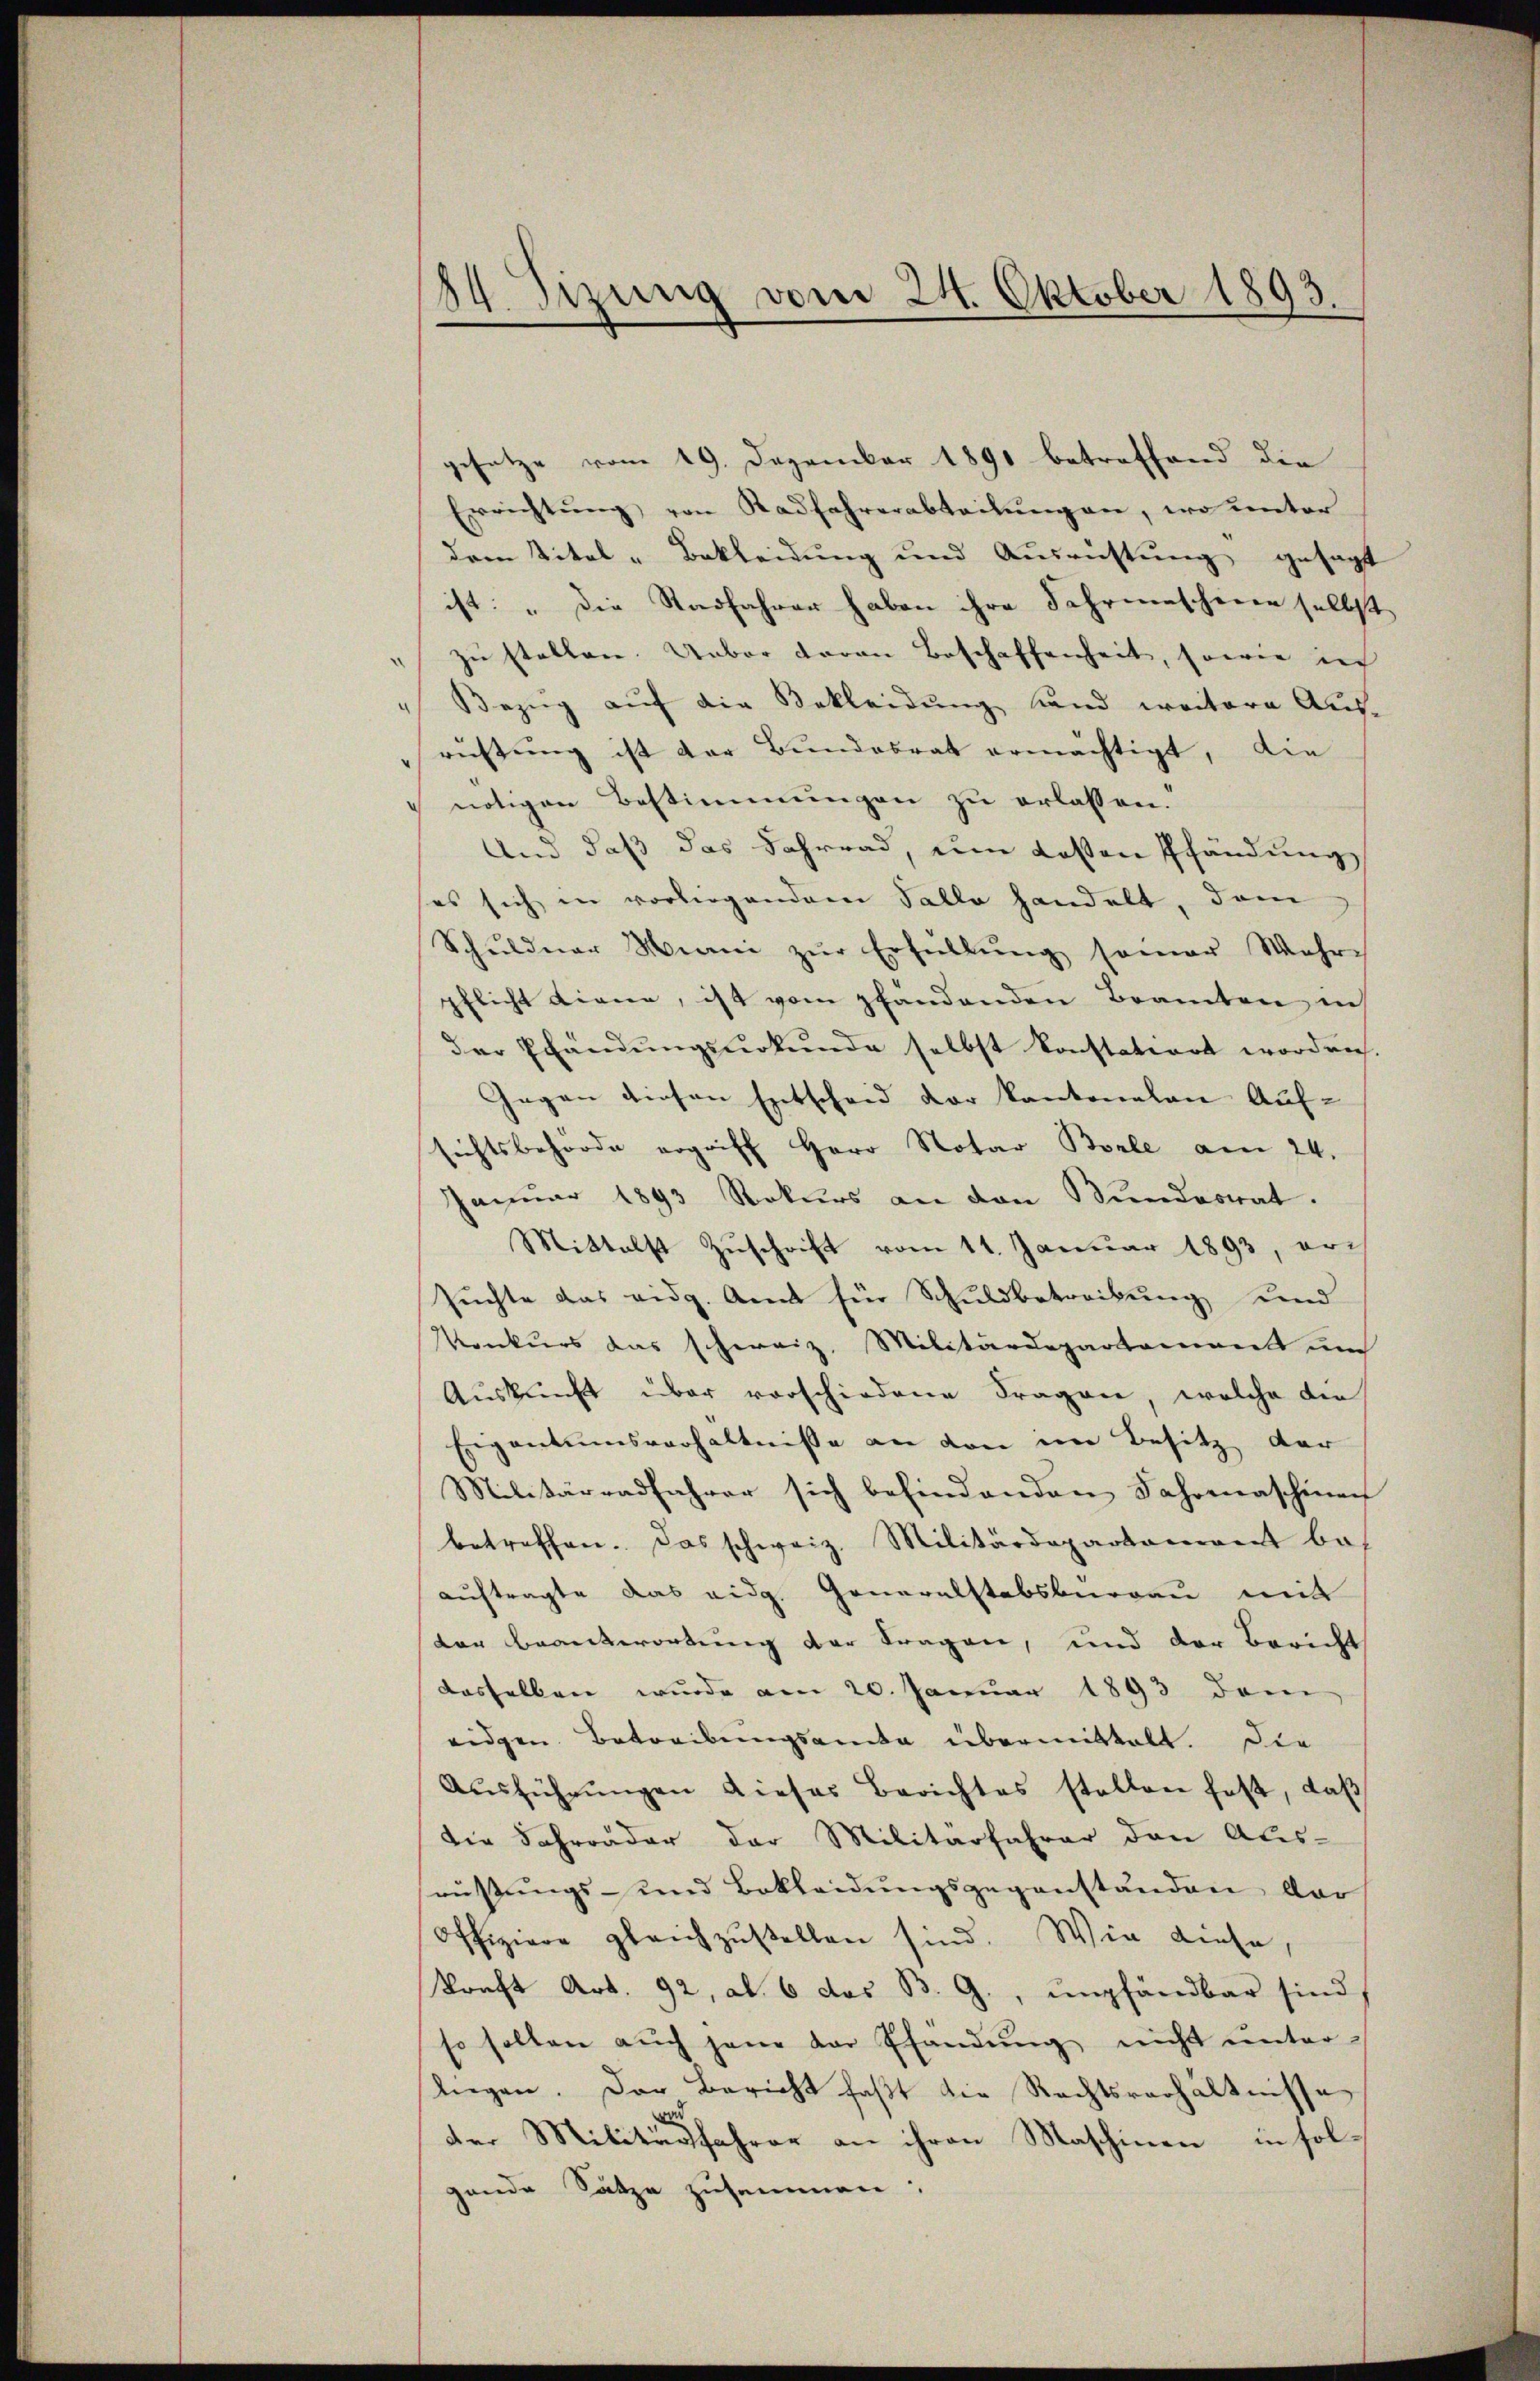
84. Sizung vom 24. Oktober 1893.

gesetze vom 19. Dezember 1890 betreffend die
Errichtung von Radfahrerabteilungen, wo unter
dem Titel - Bekleidung und Ausrichtung gesagt
ist: „Die Stadfahrer haben ihre Schreieschinen selbst
zu stellen. Ueber daran Beschaffenheit, sowie in
Bezŭg aŭf die Bekleidŭng fand weitere Aus-
rüstung ist der Bundesrat ermächtigt, die
 nötigen Bestimmungen zu erlassen.
Und daß das Fahrrad, um Kosten Pfändung
es sich in vorliegendem Falle handelt, dem
Schŭldner Manni zŭr Erfüllŭng seiner Wahr-
pflicht Liene, ist vom pfändenden Beamten in
der Ehändŭngsŭrkŭnde selbst konstatiert worden.
Gegen diesen Entscheid der kantonalen Auf-
sichtsbehörde ergriff Herr Notar Borle am 24.
Januar 1893 Rekurs an den Bundesrat.
Mittelst Zuschrift vom 11. Januar 1893, er-
suchte das eidg. Amt für Schuldbetreibung und
Konkurs das schweiz. Militärdepartement un
Auskunft über vorschiedene Fragen, welche die
Eigentumsverhältnisse an von im Besitz der
Militärradfahrer sich befindenden Jahrenaschinen
betreffen. Das schweiz. Militärdepartement bes
auftragte das eidg. Generalstabsburgau mit
der Beantwortung der Fragen, und der Bericht
dasselben wurde am 20. Januar 1893 dem
eidgen. Betreibungsamte übermittelt. Die
Aŭsführŭngen dieses Berichtes stellen fest, daβ
die Schrräder der Militärfahrer den Aus-
rüsŭngs- und Bekleidŭngsgegenständen dar
offiziere gleichzŭstellen sind. Wie diese,
kraft Art. 92, ab. 6 das B. G., empfändbar sind,
so sollen aŭch jene der Pfandŭng nicht ŭnter
liegen. Der Bericht faßt die Rechtsverhältnisse
u
der Militärfahrer an ihren Maschinen in solgende Sätze zusammen: